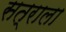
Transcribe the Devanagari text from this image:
सत्राला